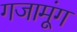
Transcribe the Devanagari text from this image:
गजामूंग